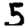
Digit: 5